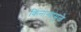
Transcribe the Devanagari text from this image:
किनाऱ्यांमुळे